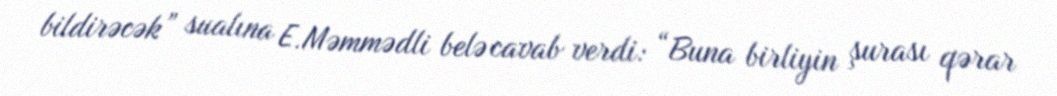
bildirəcək” sualına E.Məmmədli belə cavab verdi: “Buna birliyin şurası qərar